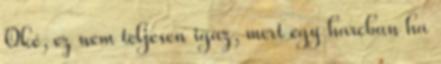
Oké, ez nem teljesen igaz, mert egy harcban ha